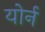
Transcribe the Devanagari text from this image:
योर्न